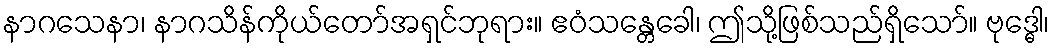
နာဂသေနာ၊ နာဂသိန်ကိုယ်တော်အရှင်ဘုရား။ ဧဝံသန္တေခေါ၊ ဤသို့ဖြစ်သည်ရှိသော်။ ဗုဒ္ဓေါ၊